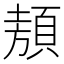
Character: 𩓁